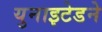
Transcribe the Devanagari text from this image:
युनाइटेडने